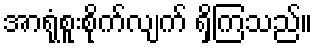
အာရုံစူးစိုက်လျက် ရှိကြသည်။